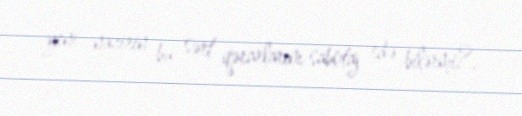
yeni nazirin bu sərt qərarlarını sabotaj edə bilərmi?.